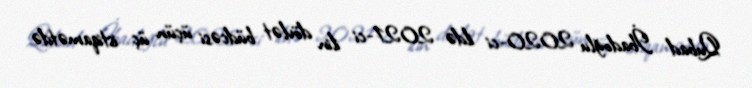
Qubad İbadoğlu 2020-ci ildə 2021-ci ilin dövlət büdcəsi üçün üç istiqamətdə